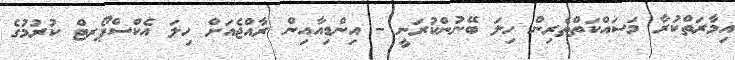
އިމާރަތްކުރާ މަސަައްކަތްތެރިން ހިލަ ބޭނުންކުރަނީ - އިންޑިއާއިން ރާއްޖެއަށް ހިލަ އެކްސްޕޯރޓް ކުރުމުގެ